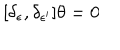
[ \delta _ { \epsilon } , \delta _ { \epsilon ^ { \prime } } ] \theta = 0